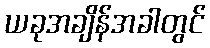
ယခုအချိန်အခါတွင်